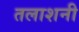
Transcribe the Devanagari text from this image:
तलाशनी